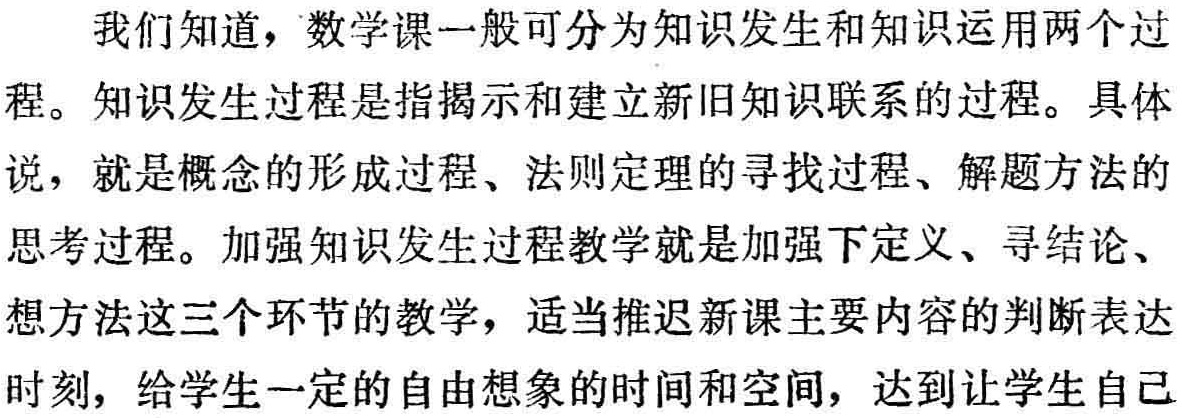
我们知道，数学课一般可分为知识发生和知识运用两个过
程。知识发生过程是指揭示和建立新旧知识联系的过程。具体
说，就是概念的形成过程、法制定理的寻找过程、解题方法的
思考过程。加强知识发生过程教学就是加强下定义、寻结论、
想方法这三个环节的教学，适当推迟新课主要内容的判断表达
时刻，给学生一定的自由想象的时间和空间，达到让学生自己